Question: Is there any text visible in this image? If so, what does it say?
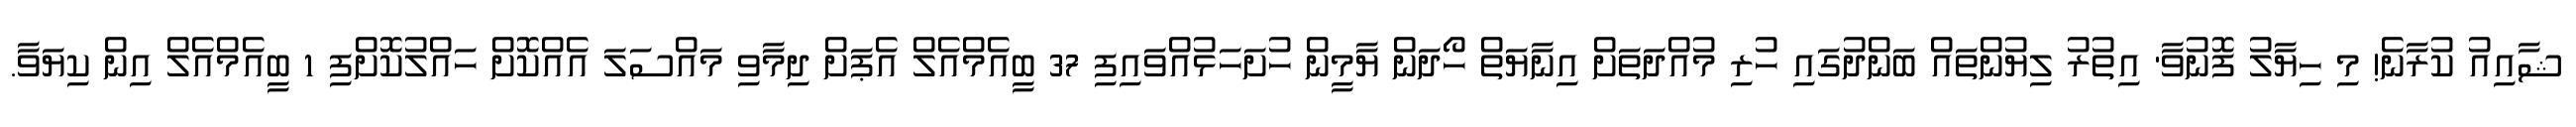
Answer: ޝާއިއު ކުރާނެ! މި ހިޔާލު ފޮނުވާ' އިތުރު ލިޔުންތައް ބަންދުގައި ހުރި މުއްދަތަށް އިނާޔަތް ހޯދަން ޔާމީން ހުށަހަޅުއްވައިފި 37 ބީއެމްއެލް އެޕަށް ދިމާވި މައްސަލަ އެއްކޮށް ހައްލުކޮށްފި 1 ބީއެމްއެލް އިން ކިޔަވާ.